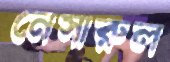
নেসারুল